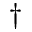
^ \dag